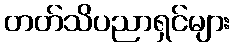
တတ်သိပညာရှင်များ